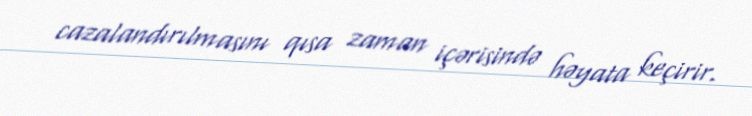
cazalandırılmasını qısa zaman içərisində həyata keçirir.